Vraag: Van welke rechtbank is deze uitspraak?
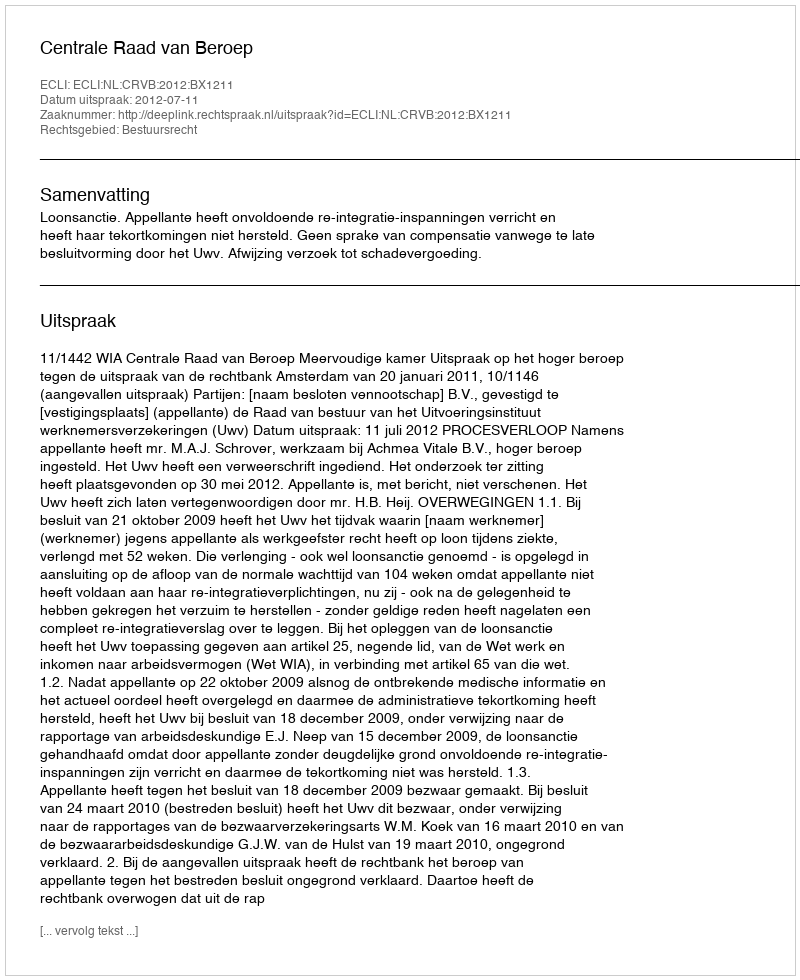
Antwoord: Centrale Raad van Beroep